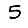
Digit: 5